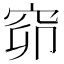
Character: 窌